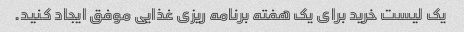
یک لیست خرید برای یک هفته برنامه ریزی غذایی موفق ایجاد کنید.